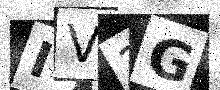
Text: IV2G